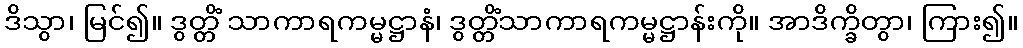
ဒိသွာ၊ မြင်၍။ ဒွတ္တိံ သာကာရကမ္မဋ္ဌာနံ၊ ဒွတ္တိံသာကာရကမ္မဋ္ဌာန်းကို။ အာဒိက္ခိတွာ၊ ကြား၍။